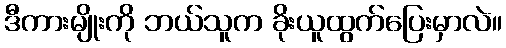
ဒီကားမျိုးကို ဘယ်သူက ခိုးယူထွက်ပြေးမှာလဲ။